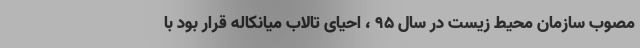
مصوب سازمان محیط زیست در سال ۹۵ ، احیای تالاب میانکاله قرار بود با